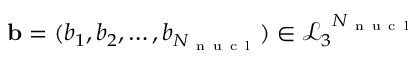
\mathbf { b } = ( b _ { 1 } , b _ { 2 } , \dots , b _ { N _ { \mathrm { ~ n ~ u ~ c ~ l ~ } } } ) \in { \mathcal { L } _ { 3 } } ^ { N _ { \mathrm { ~ n ~ u ~ c ~ l ~ } } }